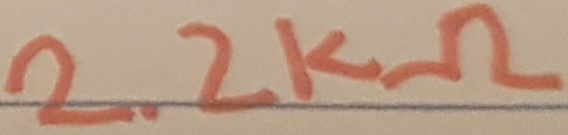
Text: 2.2KΩ